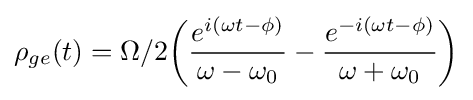
\rho _{ge}(t)=\Omega /2{\bigg (}{\frac {e^{i(\omega t-\phi )}}{\omega -\omega _{0}}}-{\frac {e^{-i(\omega t-\phi )}}{\omega +\omega _{0}}}{\bigg )}